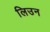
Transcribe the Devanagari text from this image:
लिउन